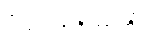
ပိယပ္ပဘဝိကာတိ